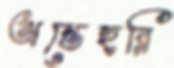
অন্তেহরি